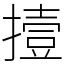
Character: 撎